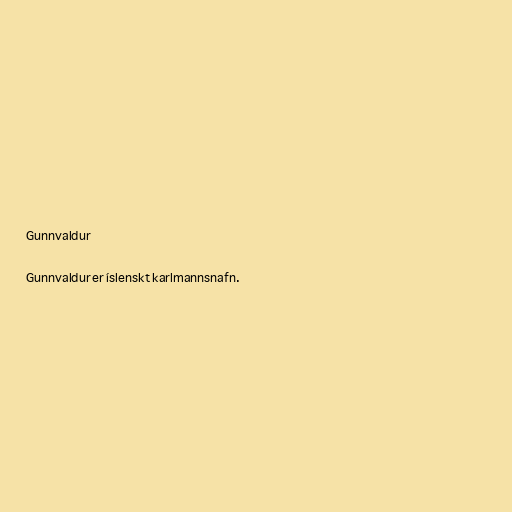
Gunnvaldur

Gunnvaldur er íslenskt karlmannsnafn.